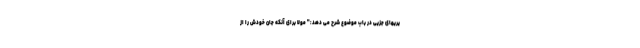
یریهای جزیی در باب موضوع شرح می دهد:" مولا برای آنکه جان خودش را از